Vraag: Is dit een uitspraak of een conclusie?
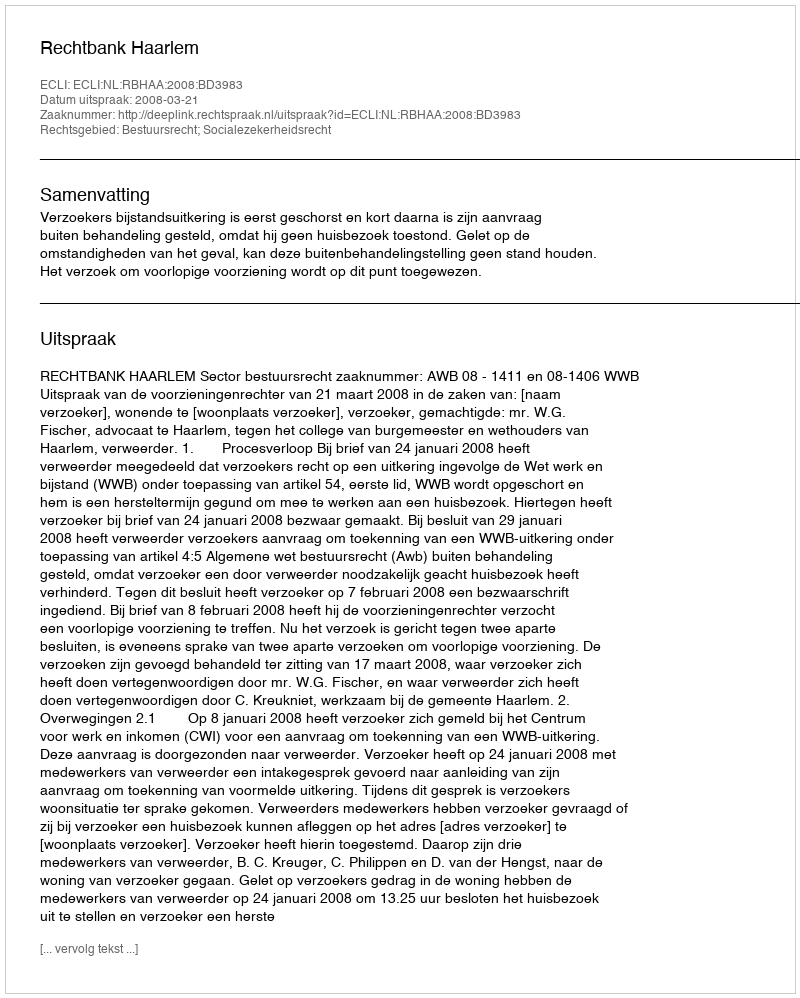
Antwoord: Uitspraak